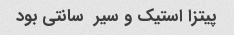
پیتزا استیک و سیر  سانتی بود